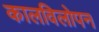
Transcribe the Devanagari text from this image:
कालविलोपन